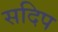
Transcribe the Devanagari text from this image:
सदिप